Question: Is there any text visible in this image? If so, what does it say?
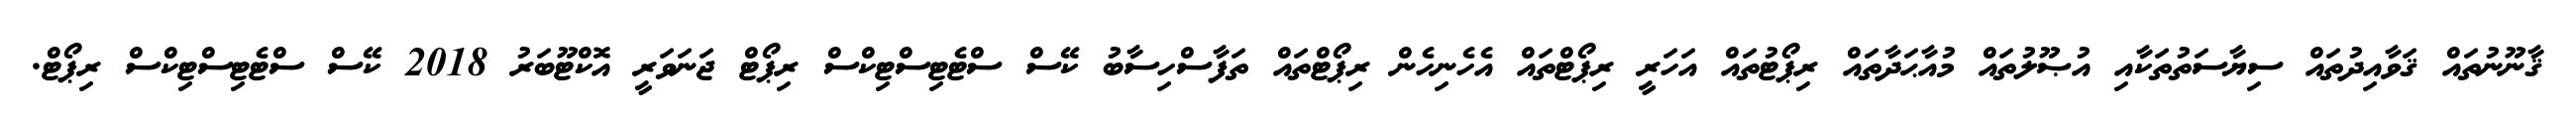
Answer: ޤާނޫނުތައް ޤަވާއިދުތައް ސިޔާސަތުތަކާއި އުޞޫލުތައް މުއާޙަދާތައް ރިޕޯޓުތައް އަހަރީ ރިޕޯޓްތައް އެހެނިހެން ރިޕޯޓްތައް ތަފާސްހިސާބު ކޭސް ސްޓެޓިސްޓިކްސް ރިޕޯޓް ޖަނަވަރީ އޮކްޓޫބަރު 2018 ކޭސް ސްޓެޓިސްޓިކްސް ރިޕޯޓް.